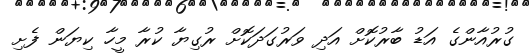
ގުރުއާންގެ އަޑު ބާރުކޮށް އަދި ވަރުގަދަކޮށް ރުގިޔާ ކުރާ މީހާ ކިޔަން ފެށި